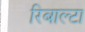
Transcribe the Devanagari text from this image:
रिबाल्टा